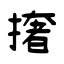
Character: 撦